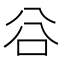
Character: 𠔌